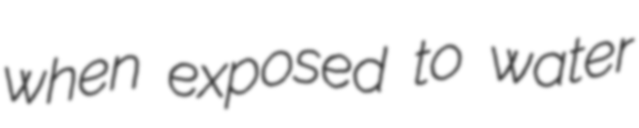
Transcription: when exposed to water